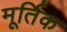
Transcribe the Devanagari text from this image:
मूर्तिक